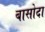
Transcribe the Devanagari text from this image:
बासोदा